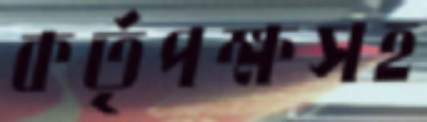
কর্তৃপক্ষসহ